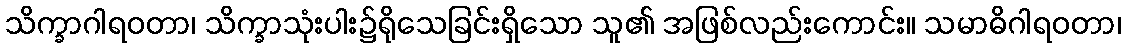
သိက္ခာဂါရဝတာ၊ သိက္ခာသုံးပါး၌ရိုသေခြင်းရှိသော သူ၏ အဖြစ်လည်းကောင်း။ သမာဓိဂါရဝတာ၊